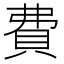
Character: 費